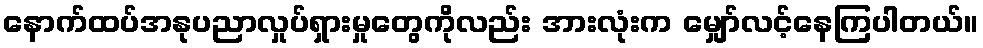
နောက်ထပ်အနုပညာလှုပ်ရှားမှုတွေကိုလည်း အားလုံးက မျှော်လင့်နေကြပါတယ်။